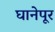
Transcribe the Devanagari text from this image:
घानेपूर